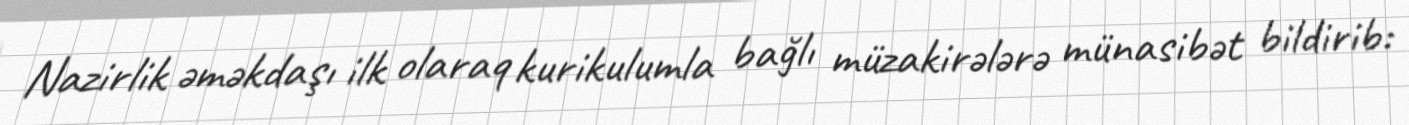
Nazirlik əməkdaşı ilk olaraq kurikulumla bağlı müzakirələrə münasibət bildirib: